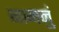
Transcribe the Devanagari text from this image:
नामनुं